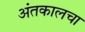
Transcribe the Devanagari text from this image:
अंतकालचा